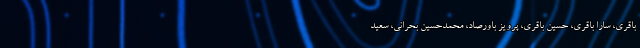
باقری، سارا باقری، حسین باقری، پرویز باورصاد، محمدحسین بحرانی، سعید